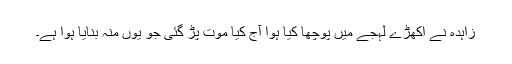
زاہدہ نے اکھڑے لہجے میں پوچھا کیا ہوا آج کیا موت پڑ گئی جو یوں منہ بنایا ہوا ہے۔